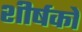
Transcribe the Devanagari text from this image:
शीर्षकाें